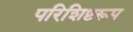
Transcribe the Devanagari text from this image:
परिशिष्टरूप